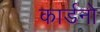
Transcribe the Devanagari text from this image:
कार्डनो